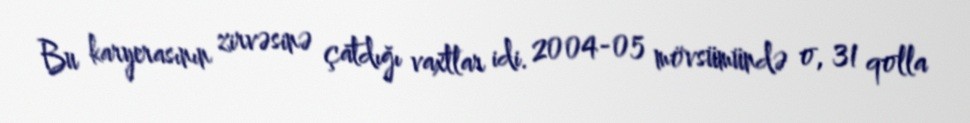
Bu karyerasının zirvəsinə çatdığı vaxtlar idi. 2004-05 mövsümündə o, 31 qolla